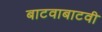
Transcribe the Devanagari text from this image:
बाटवाबाटवी